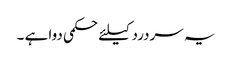
یہ سردرد کیلئے حکمی دوا ہے ۔